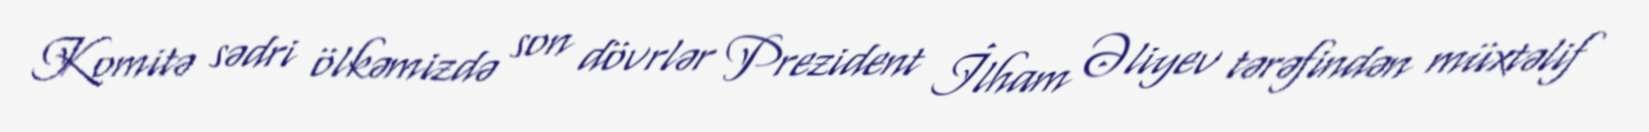
Komitə sədri ölkəmizdə son dövrlər Prezident İlham Əliyev tərəfindən müxtəlif